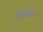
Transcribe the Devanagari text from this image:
चुबाका